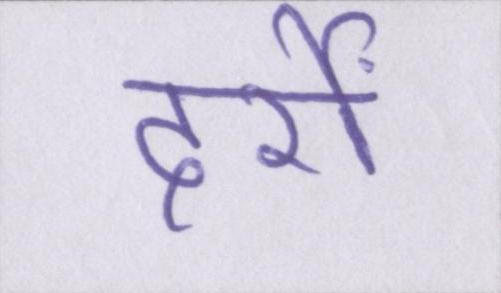
दर्रों